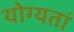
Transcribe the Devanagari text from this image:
योग्यतां